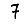
Digit: 7